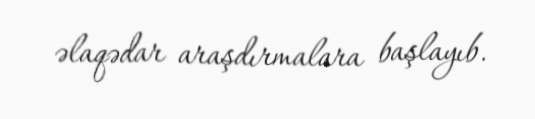
əlaqədar araşdırmalara başlayıb.